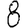
Digit: 8